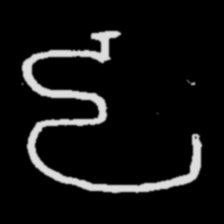
Pyu character \u2014 Myanmar letter: ဠ (romanized: lla)